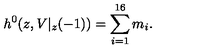
h ^ { 0 } ( z , V | _ { z } ( - 1 ) ) = \sum _ { i = 1 } ^ { 1 6 } m _ { i } .